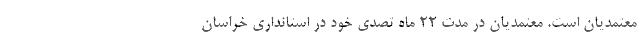
معتمدیان است. معتمدیان در مدت 22 ماه تصدی خود در استانداری خراسان